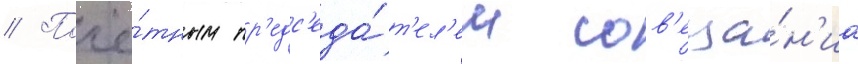
// Почё́тным пр'едс'еда́т'ел'ем сов'еща́н'иа